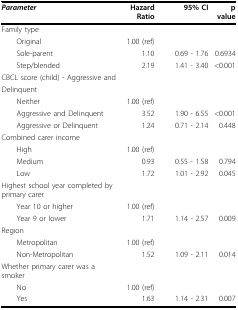
| Parameter | Hazard Ratio | 95% CI | p value |
 | --- | --- | --- | --- |
 | Family type |  |  |  |
 | Original | 1.00 (ref) |  |  |
 | Sole-parent | 1.10 | 0.69 - 1.76 | 0.6934 |
 | Step/blended | 2.19 | 1.41 - 3.40 | <0.001 |
 | CBCL score (child) - Aggressive and |  |  |  |
 | Delinquent |  |  |  |
 | Neither | 1.00 (ref) |  |  |
 | Aggressive and Delinquent | 3.52 | 1.90 - 6.55 | <0.001 |
 | Aggressive or Delinquent | 1.24 | 0.71 - 2.14 | 0.448 |
 | Combined carer income |  |  |  |
 | High | 1.00 (ref) |  |  |
 | Medium | 0.93 | 0.55 - 1.58 | 0.794 |
 | Low | 1.72 | 1.01 - 2.92 | 0.045 |
 | Highest school year completed by primary carer |  |  |  |
 | Year 10 or higher | 1.00 (ref) |  |  |
 | Year 9 or lower | 1.71 | 1.14 - 2.57 | 0.009 |
 | Region |  |  |  |
 | Metropolitan | 1.00 (ref) |  |  |
 | Non-Metropolitan | 1.52 | 1.09 - 2.11 | 0.014 |
 | Whether primary carer was a smoker |  |  |  |
 | No | 1.00 (ref) |  |  |
 | Yes | 1.63 | 1.14 - 2.31 | 0.007 |